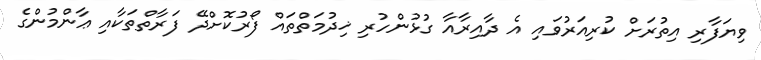
ވިޔަފާރި އިތުރަށް ކުރިއަރުވައި އެ ދާއިރާއާ ގުޅުންހުރި ޚިދުމަތްތައް ފޯރުކޮށްދޭ ފަރާތްތަކާއި ޢާންމުންގެ